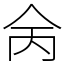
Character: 𠇮